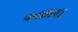
વનછાયા